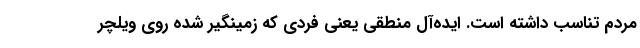
مردم تناسب داشته است. ایده‌آل منطقی یعنی فردی که زمینگیر شده روی ویلچر